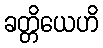
ခတ္တိယေဟိ